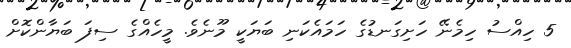
5 ހިއްސު ހިމެނޭ ހަށިގަނޑުގެ ހަމައެކަނި ބަޔަކީ މޫނެވެ. މީހެއްގެ ސިފަ ބަޔާންކޮށް